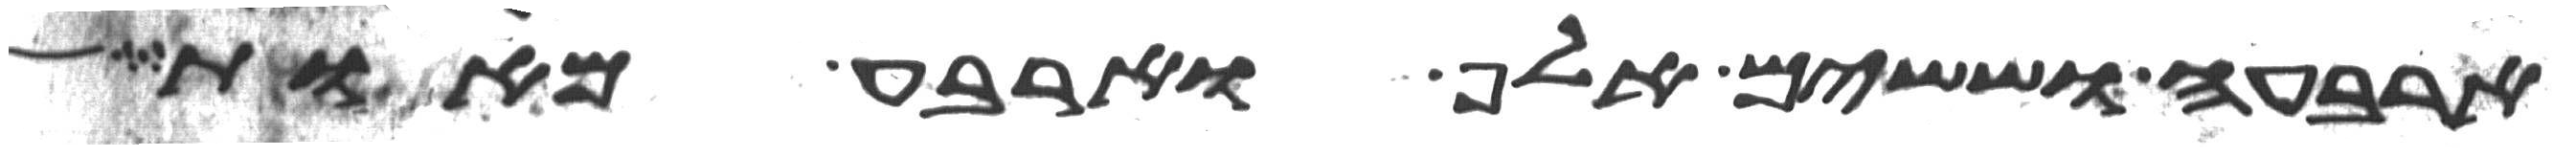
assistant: ארבעה וששים אלף וארבע מאות